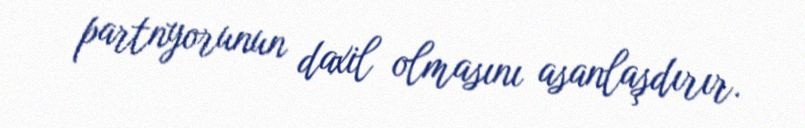
partnyorunun daxil olmasını asanlaşdırır.